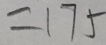
= 1 7 5